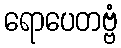
ရောပေတဗ္ဗံ